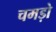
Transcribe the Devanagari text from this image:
चमड़ो